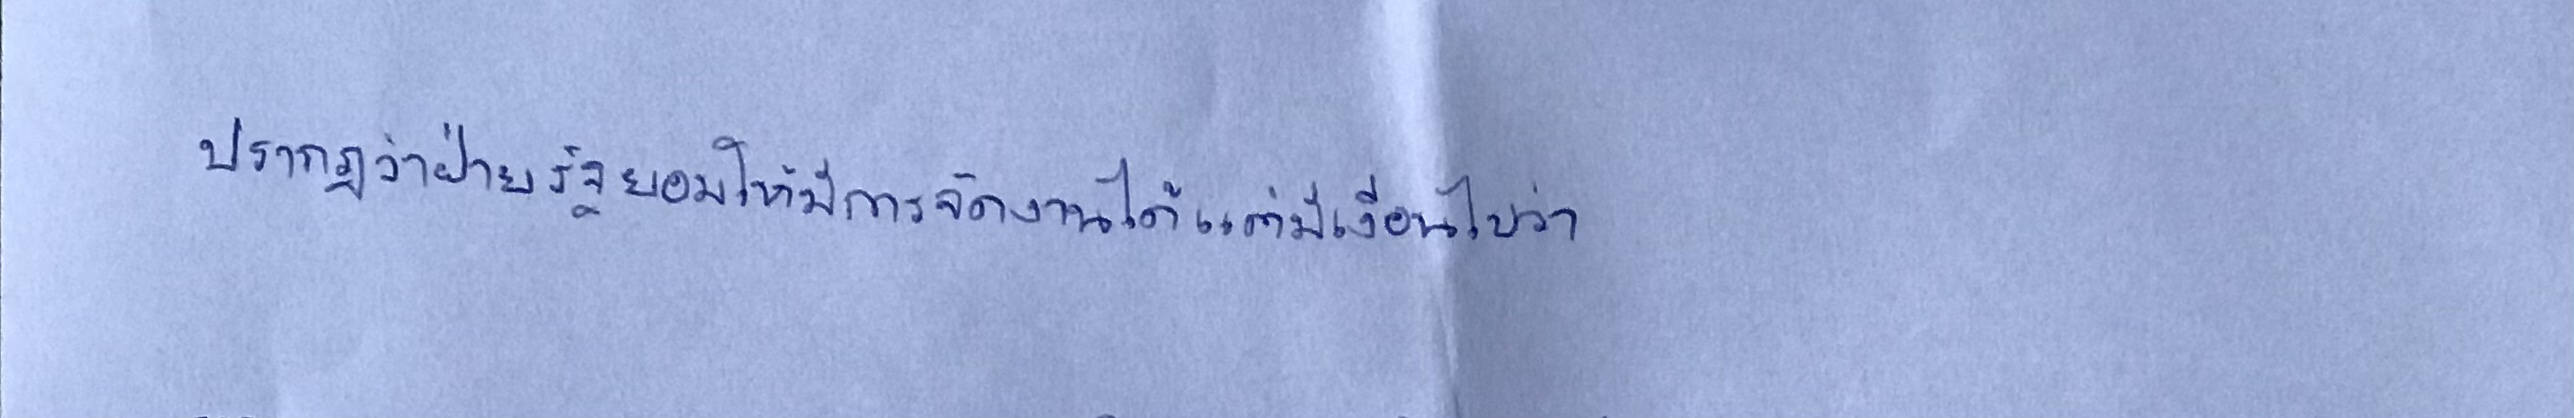
ปรากฎว่าฝ่ายรัฐยอมให้มีการจัดงานได้แต่มีเงื่อนไขว่า